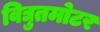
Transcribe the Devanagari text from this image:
विद्युतमोटर